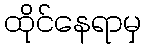
ထိုင်နေရာမှ